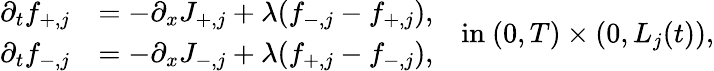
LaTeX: \begin{array}{r}{\begin{array}{rl}{\partial_{t}f_{+,j}}&{=-\partial_{x}J_{+,j}+\lambda(f_{-,j}-f_{+,j}),}\\ {\partial_{t}f_{-,j}}&{=-\partial_{x}J_{-,j}+\lambda(f_{+,j}-f_{-,j}),}\end{array}\quad\mathrm{in~}(0,T)\times(0,L_{j}(t)),}\end{array}